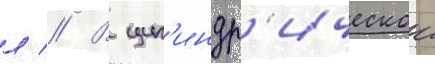
л // В цил'индр'ическои